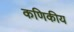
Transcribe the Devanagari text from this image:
कणिकीय